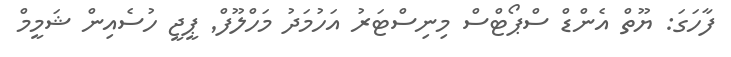
ފާހަގަ: ޔޫތް އެންޑް ސްޕޯޓްސް މިނިސްޓަރު އަހުމަދު މަހްލޫފް